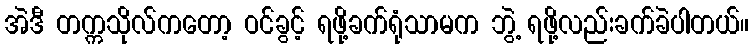
အဲဒီ တက္ကသိုလ်ကတော့ ဝင်ခွင့် ရဖို့ခက်ရုံသာမက ဘွဲ့ ရဖို့လည်းခက်ခဲပါတယ်။